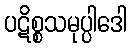
ပဋိစ္စသမုပ္ပါဒေါ